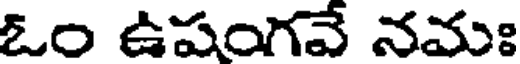
ఓం ఉషంగవే నమః